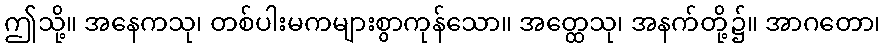
ဤသို့။ အနေကသု၊ တစ်ပါးမကများစွာကုန်သော။ အတ္ထေသု၊ အနက်တို့၌။ အာဂတော၊